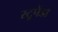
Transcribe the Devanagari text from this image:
स्टूपेंडा